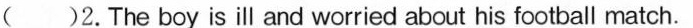
( )2. The boy is ill and worried about his football match.